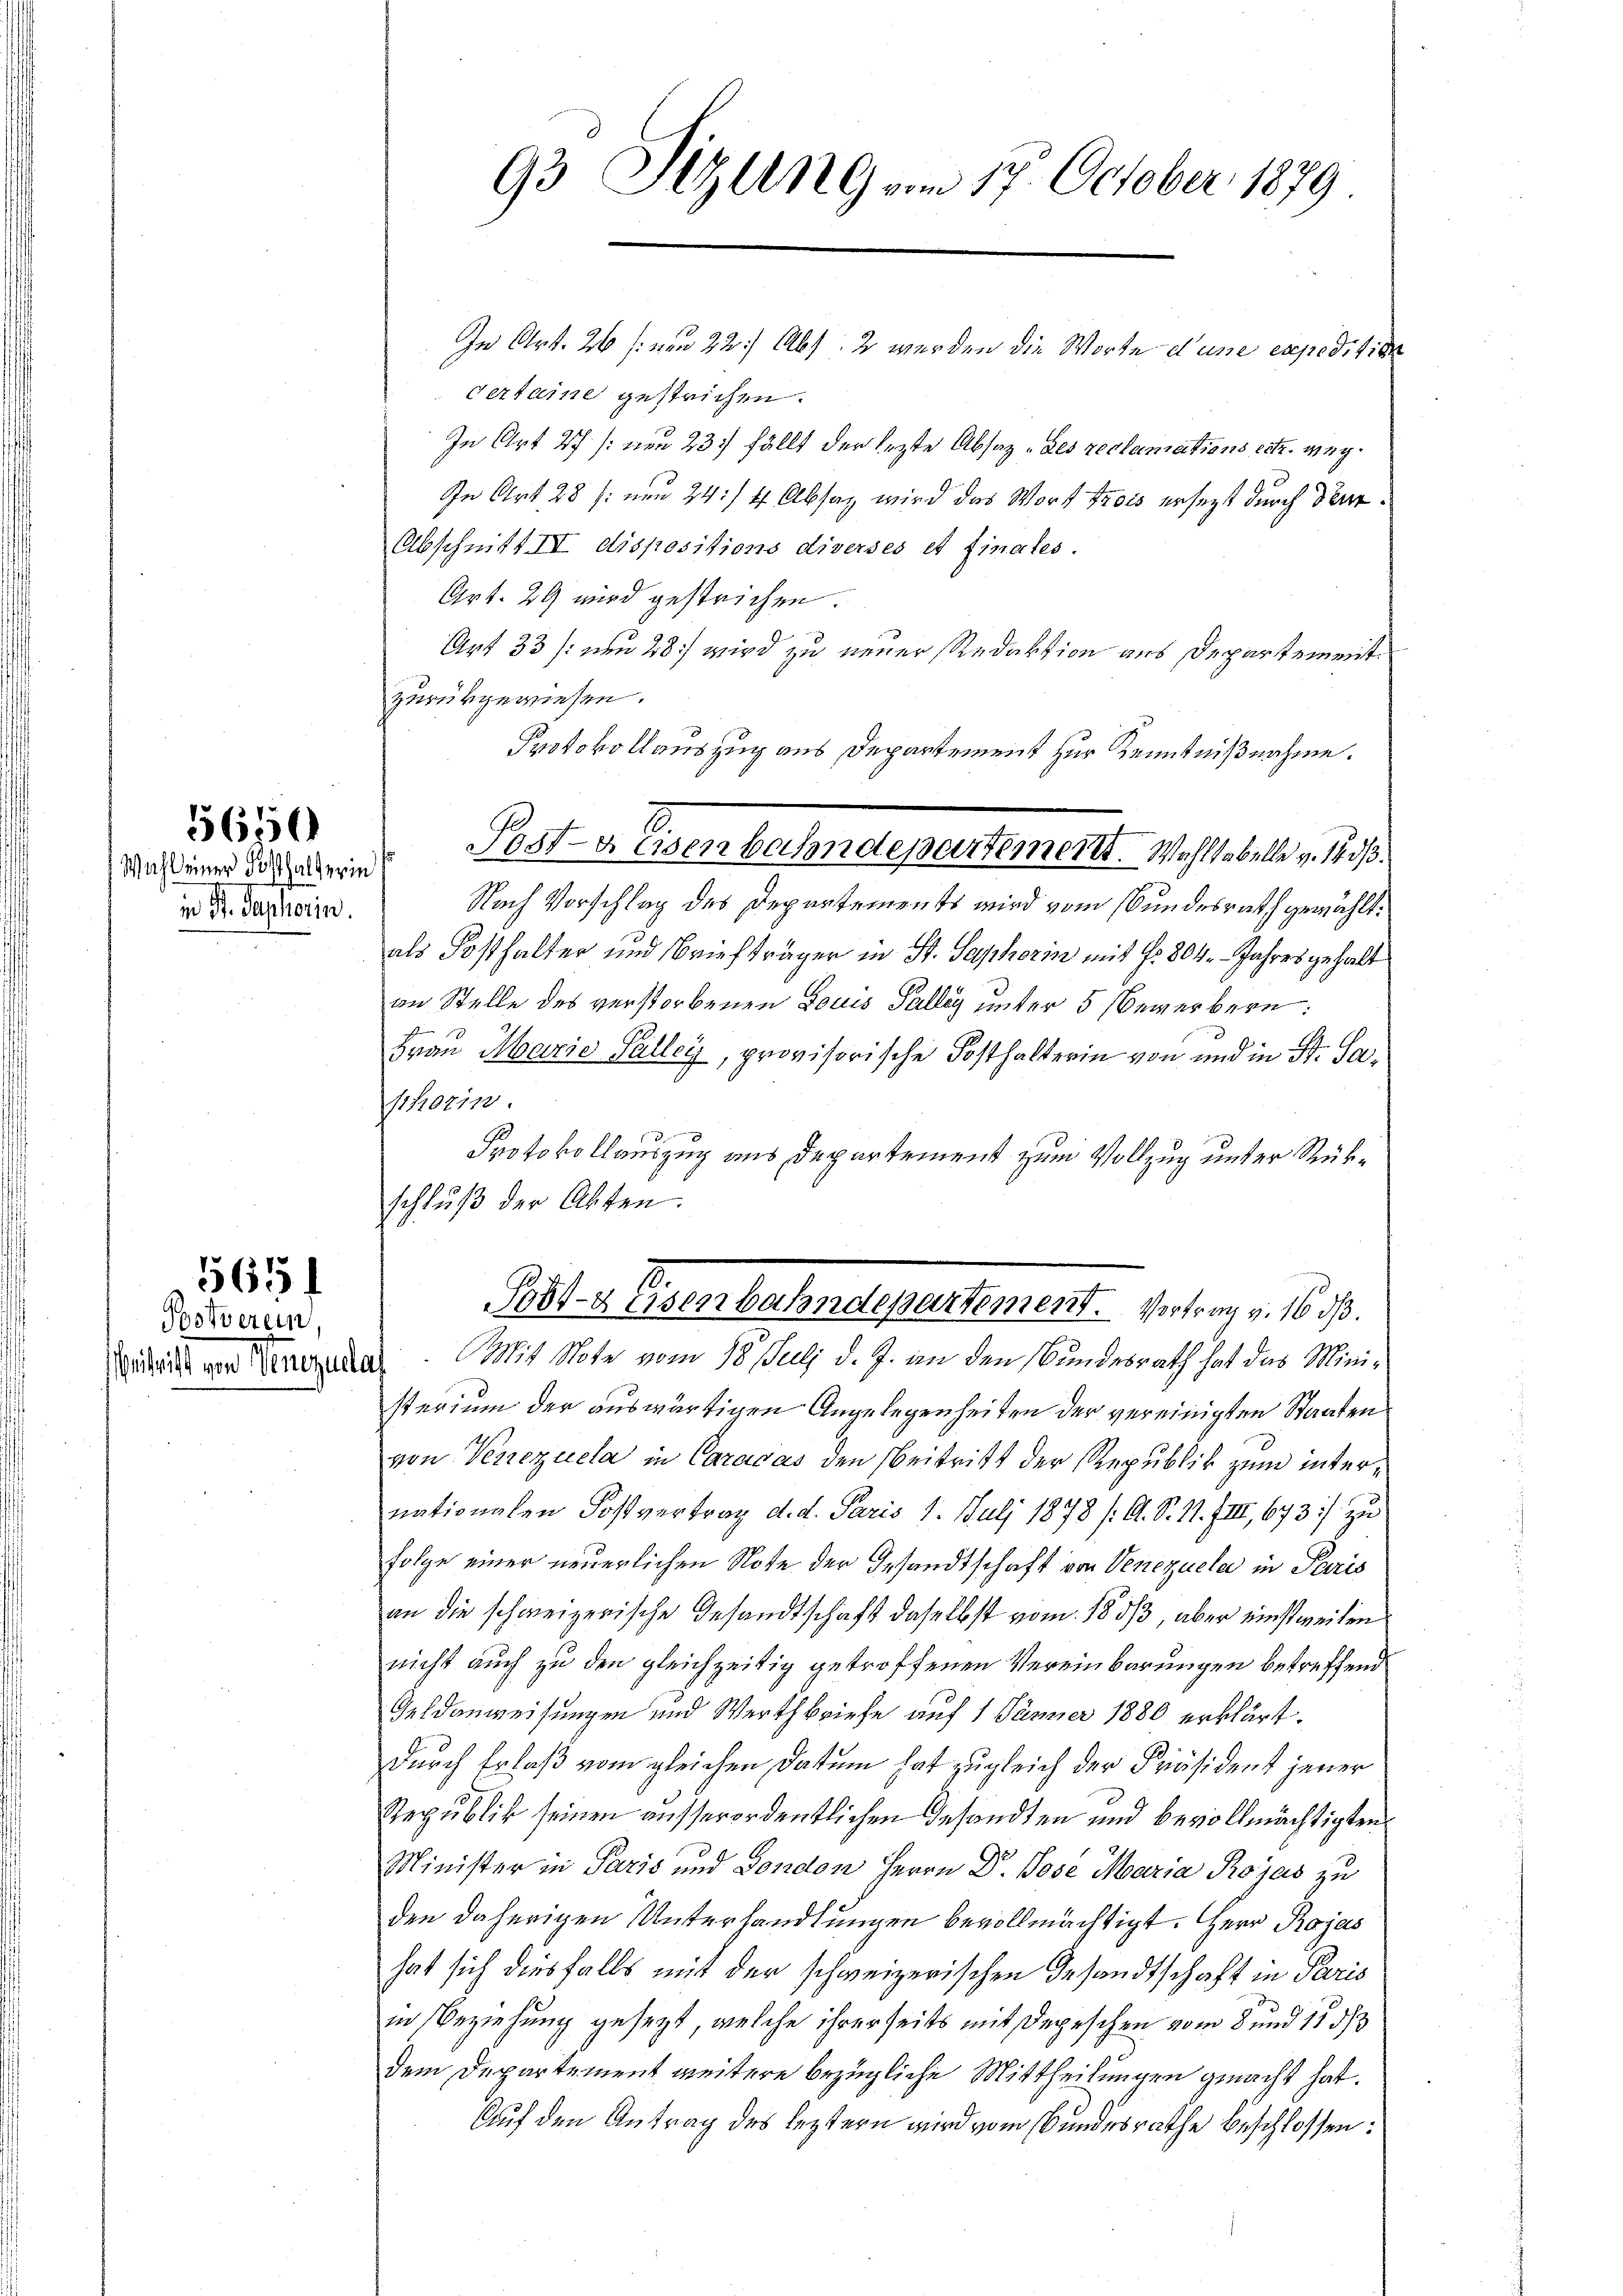
Wahl einer Festhalterin
in Dr. Saphorin.

5650

565.

Botverein

93 Sizung vom 17. October 1879

In Art. 26 s. um 22.) Abs. 2 werden die Worte d’une expeditier
certaine gestrichen.
In Art 27 (um 23. fällt der lezte Absaz - des reclamations extr. weg¬
In Art 28 /: neu 24:/ 4 Absaz wird das Wort trois ersezt durch der¬
Abschnitt II dispositions diverses et finates.
Art. 29 wird gestrichen.
Art 33 /: den 28 wird zu neuer Redaktion aus Departement
zurückgewiesen.
Protokollauszug aus Departement zur Kenntnißnahme.
Nach Vorschlag des Departements wird vom Bundesrath gewählt.
als Posthalter und Briefträger in St. Saphorin mit fr. 804. Jahres gehalt
an Stelle des verstorbenen Louis Falleg unter 5 Bewerbern:
Frau Marie Salley, provisorische Posthalterin von und in St. Sa¬
Schronin.
Protokollauszug aus Departement zum Vollzug unter Rükschluß der Akten.
Pobl. z. Eisenbahndepartement. Es trag v. 168. 7.
Vitritt von Herzalle Mit Note vom 18. Juli d. J. an den Bundesrath hat das Ministerium der auswärtigen Angelegenheiten der vereinigten Staaten
von Verrezuela in Caracas den Beitritt der Republik zum internationalen Postvertrag d. d. Paris 1. Juli 1878 (: Cl. S. 1. III, 673 :/ zu
Folge einer neuerlichen Note der Gesandtschaft von Venezuela in Paris
an die schweizerische Gesandtschaft daselbst vom 1883, aber einstweilen
nicht auch zu den gleichzeitig getroffenen Vereinbarungen betreffend
Geldanweisungen und Werthbriefe auf 1 Jänner 1880 erklärt.
durch Erlaß vom gleichen Datum hat zugleich der Präsident jener
Republik seinen ausserordentlichen Gesandten und bevollmächtigten
Minister in Paris und Fondon Herrn Dr. Pose Maria Rojas zu
den daherigen Unterhandlungen bevollmächtigt. Herr Rojas
hat sich diesfalls mit der schweizerischen Gesandtschaft in Paris
in Beziehung gesezt, welche ihrerseits mit Depeschen vom 8 und 1533
dem Departement weitere bezügliche Mittheilungen gemacht hat.
Auf den Antrag des leztern wird vom Bundesrathe beschlossen:

2
Post-a Eisenbahndepartement. Wahltabelle v. 14. dß.